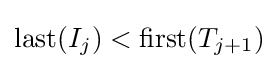
{\text{last}}(I_{j})<{\text{first}}(T_{j+1})